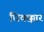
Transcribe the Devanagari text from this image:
धिक्क्कार